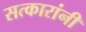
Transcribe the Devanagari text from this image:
सत्कारांनी